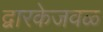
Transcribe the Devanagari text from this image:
द्वारकेजवळ